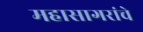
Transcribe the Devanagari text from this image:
महासागरांचे